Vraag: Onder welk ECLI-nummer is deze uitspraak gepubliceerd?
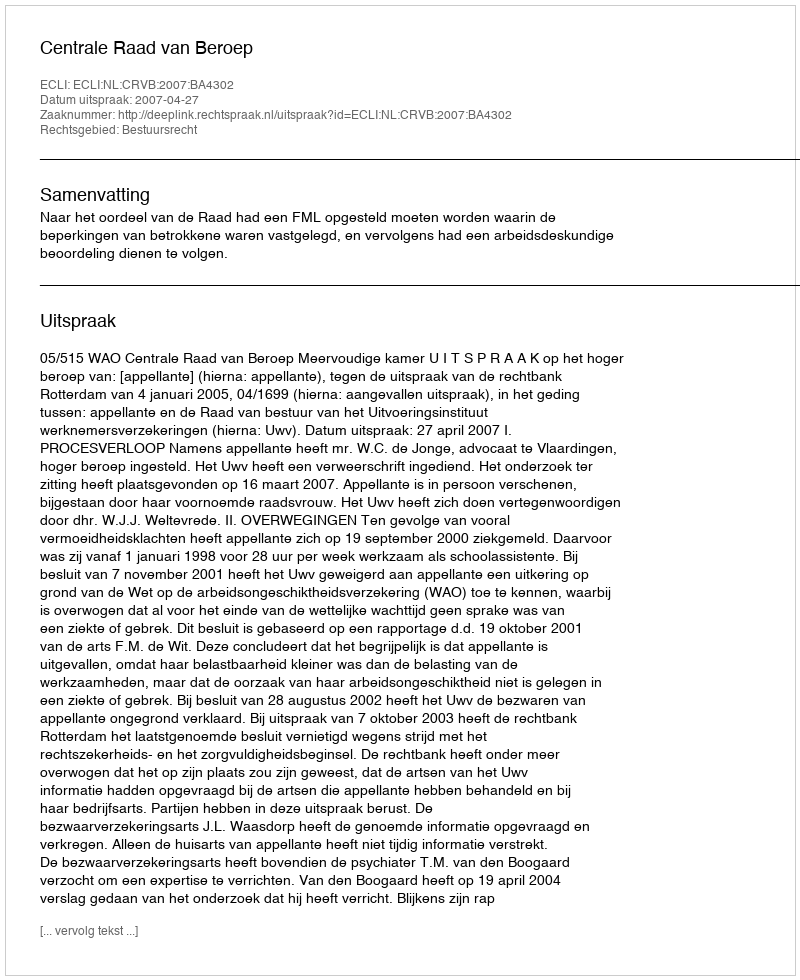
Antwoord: ECLI:NL:CRVB:2007:BA4302